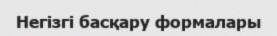
Негізгі басқару формалары